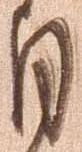
月